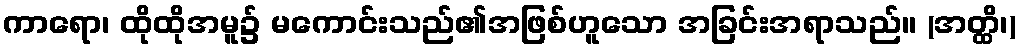
ကာရော၊ ထိုထိုအမူ၌ မကောင်းသည်၏အဖြစ်ဟူသော အခြင်းအရာသည်။ (အတ္ထိ၊)